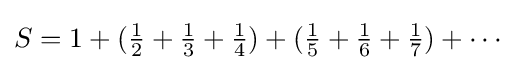
S=1+({\tfrac {1}{2}}+{\tfrac {1}{3}}+{\tfrac {1}{4}})+({\tfrac {1}{5}}+{\tfrac {1}{6}}+{\tfrac {1}{7}})+\cdots